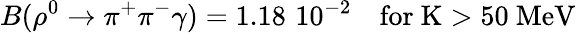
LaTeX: B(\rho^{0}\rightarrow\pi^{+}\pi^{-}\gamma)=1.18\, \, 10^{-2}\quad\mathrm{for~K>50~MeV}